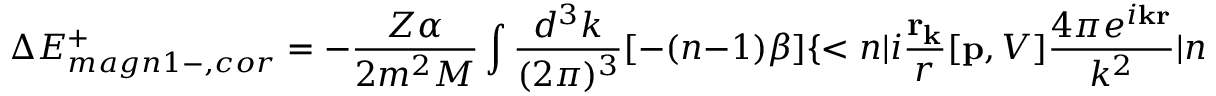
\Delta E _ { m a g n 1 - , c o r } ^ { + } = - \frac { Z \alpha } { 2 m ^ { 2 } M } \int \frac { d ^ { 3 } k } { ( 2 \pi ) ^ { 3 } } [ - ( n - 1 ) \beta ] \{ < { n } | i \frac { \bf r _ { k } } { r } [ { \bf p } , V ] \frac { 4 \pi e ^ { i { \bf k r } } } { k ^ { 2 } } | { n } >